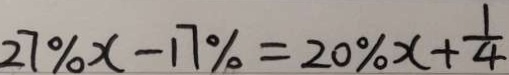
2 7 \% x - 1 7 \% = 2 0 \% x + \frac { 1 } { 4 }